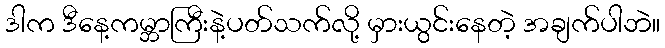
ဒါက ဒီနေ့ကမ္ဘာကြီးနဲ့ပတ်သက်လို့ မှားယွင်းနေတဲ့ အချက်ပါဘဲ။